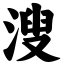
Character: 溲